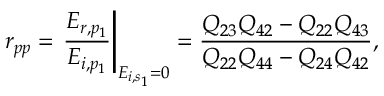
r _ { p p } = \left. \frac { E _ { r , p _ { 1 } } } { E _ { i , p _ { 1 } } } \right\vert _ { E _ { i , s _ { 1 } } = 0 } = \frac { Q _ { 2 3 } Q _ { 4 2 } - Q _ { 2 2 } Q _ { 4 3 } } { Q _ { 2 2 } Q _ { 4 4 } - Q _ { 2 4 } Q _ { 4 2 } } ,